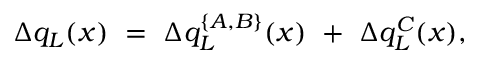
\Delta q _ { L } ( x ) \ = \ \Delta q _ { L } ^ { \{ A , B \} } ( x ) \ + \ \Delta q _ { L } ^ { C } ( x ) ,